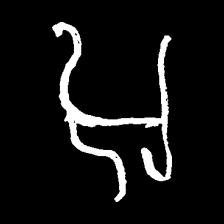
Pyu character \u2014 Myanmar letter: အ (romanized: a)